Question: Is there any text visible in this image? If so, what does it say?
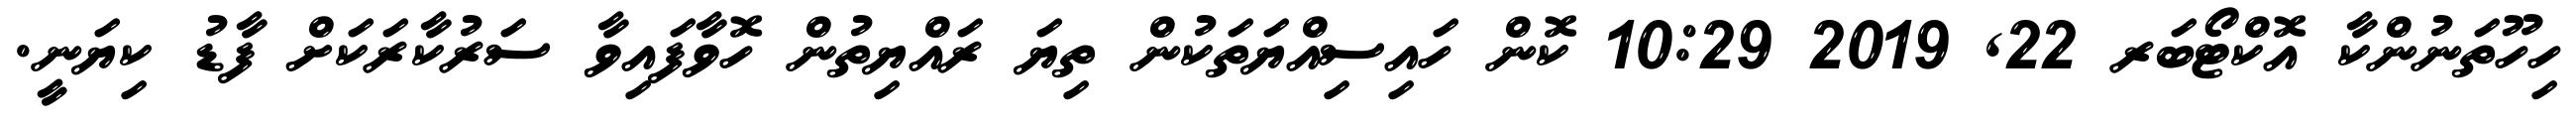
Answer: ހިހޫތަނުންކާ އޮކްޓޯބަރ 22, 2019 10:29 ކޮން ހައިސިއްޔަތަކުން ތިޔަ ރައްޔިތުން ހޮވާފައިވާ ސަރުކާރަކަށް ފާޑު ކިޔަނީ.